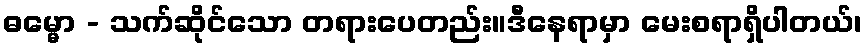
ဓမ္မော - သက်ဆိုင်သော တရားပေတည်း။ဒီနေရာမှာ မေးစရာရှိပါတယ်၊